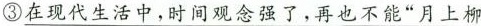
③\underline{在现代生活中，时间观念强了，再也不能“月上柳}